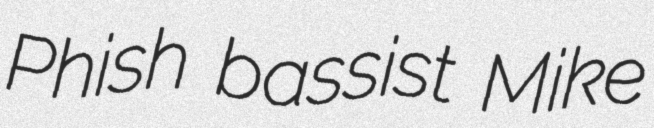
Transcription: Phish bassist Mike